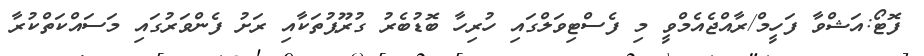
ފޮޓޯ:އަޝްވާ ފަހީމް/ރާއްޖެއެމްވީ މި ފެސްޓިވަލްގައި ހުރިހާ ބޮޑުބެރު ގުރޫޕުތަކާއި ރަށު ފެންވަރުގައި މަސައްކަތްކުރާ